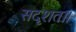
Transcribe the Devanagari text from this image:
सदृशता।